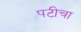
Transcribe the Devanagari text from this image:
पटीचा